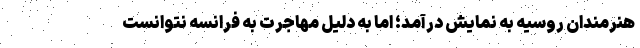
هنرمندان روسیه به نمایش درآمد؛ اما به دلیل مهاجرت به فرانسه نتوانست